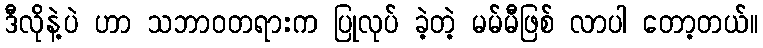
ဒီလိုနဲ့ပဲ ဟာ သဘာဝတရားက ပြုလုပ် ခဲ့တဲ့ မမ်မီဖြစ် လာပါ တော့တယ်။